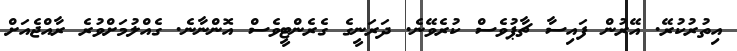
އިތުރުކުރޭ. އޭރުން ފައިސާ ޗާޕުވެސް ކުރެވޭނެ. ދަރަނީގެ ގެރެންޓީވެސް އޮންނާނެ. ގެއްލުމަށްވުރެ ރާއްޖެއަށް